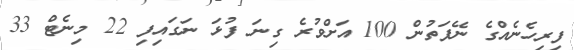
ފިރިހެނެއްގެ ނޭފަތުން 100 އަށްވުރެ ގިނަ ފުޅަ ނަގައިފި 22 މިނެޓް 33